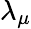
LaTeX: \lambda_{\mu}